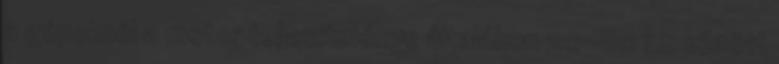
a gépeknél a motor teljesítménye általában 30-80 LE között